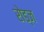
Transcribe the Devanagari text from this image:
रोड्ज